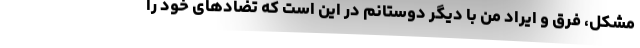
مشکل، فرق و ایراد من با دیگر دوستانم در این است که تضادهای خود را